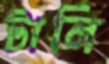
টালি